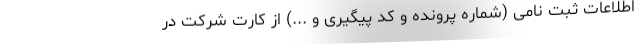
اطلاعات ثبت نامی (شماره پرونده و کد پیگیری و ...) از کارت شرکت در